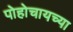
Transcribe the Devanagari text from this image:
पोहोचायच्या